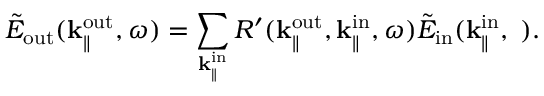
\tilde { E } _ { \mathrm { o u t } } ( { \bf k } _ { \parallel } ^ { \mathrm { o u t } } , \omega ) = \sum _ { { \bf k } _ { \parallel } ^ { \mathrm { i n } } } R ^ { \prime } ( { \bf k } _ { \parallel } ^ { \mathrm { o u t } } , { \bf k } _ { \parallel } ^ { \mathrm { i n } } , \omega ) \tilde { E } _ { \mathrm { i n } } ( \bf k _ { \parallel } ^ { \mathrm { i n } } , \omega ) .